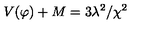
V ( \varphi ) + M = 3 \lambda ^ { 2 } / \chi ^ { 2 }